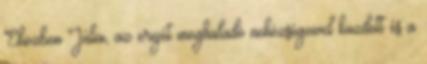
Eközben Júlia, az erejét meghaladó nehézségeivel küzdött és a